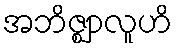
အဘိဇ္ဈာလူဟိ